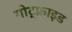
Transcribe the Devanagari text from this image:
गोट्फ्राइड